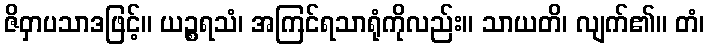
ဇိဝှာပသာဒဖြင့်။ ယဉ္စရသံ၊ အကြင်ရသာရုံကိုလည်း။ သာယတိ၊ လျက်၏။ တံ၊